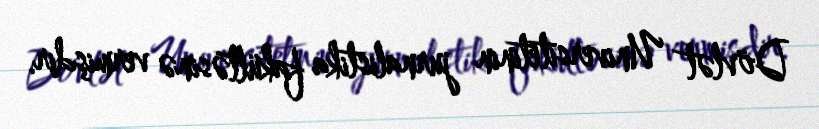
Dövlət Universitetinin jurnalistika fakültəsinə vermişdir.